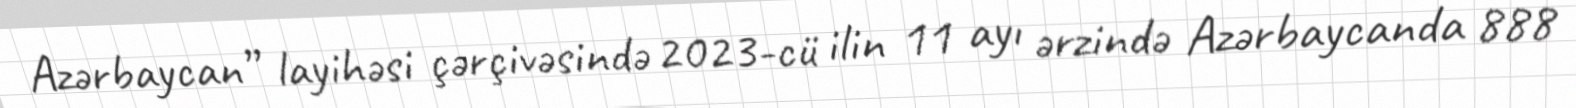
Azərbaycan” layihəsi çərçivəsində 2023-cü ilin 11 ayı ərzində Azərbaycanda 888